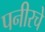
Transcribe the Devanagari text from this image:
पनीरचे